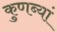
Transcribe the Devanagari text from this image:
कुणब्यां